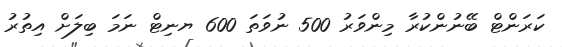
ކަރަންޓް ބޭނުންކުރާ މިންވަރު 500 ނުވަތަ 600 ޔނިޓް ނަމަ ބިލަށް އިތުރު